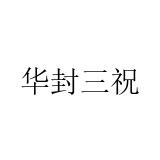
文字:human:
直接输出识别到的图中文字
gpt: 华封三祝